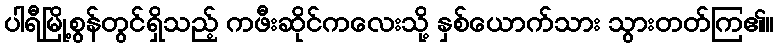
ပါရီမြို့စွန်တွင်ရှိသည့် ကဖီးဆိုင်ကလေးသို့ နှစ်ယောက်သား သွားတတ်ကြ၏။